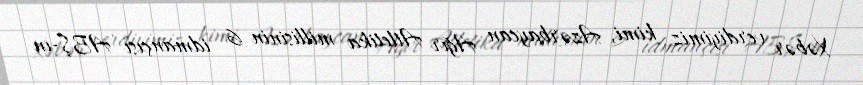
Xəbər verdiyimiz kimi, Azərbaycan Ağır Atletika millisinin 6 idmançısı ABŞ-ın